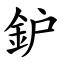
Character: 鈩